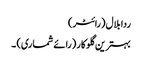
ردا بلال (رائٹر)
بہترین گلوکار (رائے شماری) ۔